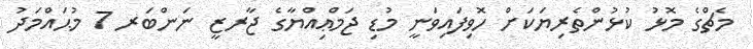
މެޗްގެ މޮޅު ކުޅުންތެރިޔަކަށް ހޮވިފައިވަނީ މުޑި ޖަމްޢިއްޔާގެ ޖާރޒީ ނަންބަރ 7 މުޙައްމަދު